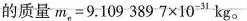
的质量m_{e}=9.109 389\times 10^{-31}kg。